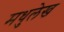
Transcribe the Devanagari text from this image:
मधुलेख